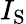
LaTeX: I_{\mathrm{S}}